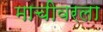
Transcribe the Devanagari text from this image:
माचीवरला